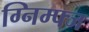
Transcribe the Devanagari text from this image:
ग्निम्फ्ज